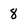
Character: 8